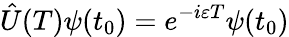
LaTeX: \hat{U}(T)\psi(t_{0})=e^{-i\varepsilon T}\psi(t_{0})